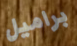
براميل